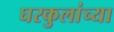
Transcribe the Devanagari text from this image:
घरकुलांच्या